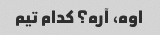
اوه، آره؟ کدام تیم